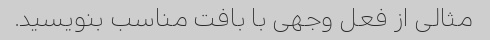
مثالی از فعل وجهی با بافت مناسب بنویسید.